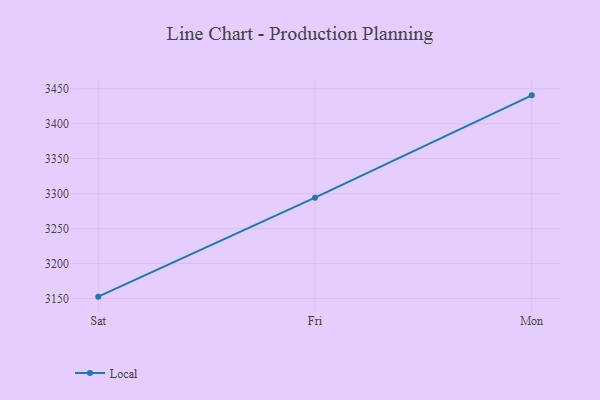
{"axis": {"x": "Day", "y": "Production Output"}, "legend": ["Local"], "data": [{"x": "Sat", "y": 3152.8, "type": "Local"}, {"x": "Fri", "y": 3294.3, "type": "Local"}, {"x": "Mon", "y": 3440.5, "type": "Local"}]}